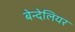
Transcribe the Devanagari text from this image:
बेन्देलियर